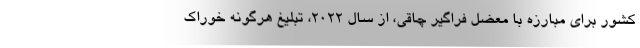
کشور برای مبارزه با معضل فراگیر چاقی، از سال ۲۰۲۲، تبلیغ هرگونه خوراک